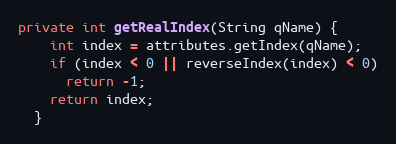
Language: Java
private int getRealIndex(String qName) {
    int index = attributes.getIndex(qName);
    if (index < 0 || reverseIndex(index) < 0)
      return -1;
    return index;
  }